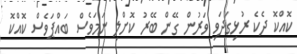
ކޮއްކޮ ދެކެ ރުޅިގަދަވި ވަރުން ގޭން ބޭރު ކޮށްލި ނަމަވެސް ބައްޕަވެސް ކޮއްކޮ